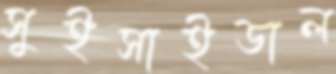
সুইসাইডাল